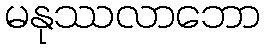
မနုဿလာဘော